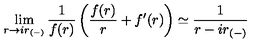
\lim _ { r \rightarrow i r _ { ( - ) } } { \frac { 1 } { f ( r ) } } \left( { \frac { f ( r ) } { r } } + f ^ { \prime } ( r ) \right) \simeq { \frac { 1 } { r - i r _ { ( - ) } } }